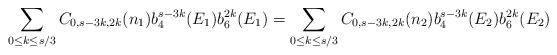
LaTeX: \begin{align*}\sum_{0\leq k\leq s/3}C_{0,s-3k,2k}(n_{1})b_{4}^{s-3k}(E_{1})b_{6}^{2k}(E_{1})=\sum_{0\leq k\leq s/3}C_{0,s-3k,2k}(n_{2})b_{4}^{s-3k}(E_{2})b_{6}^{2k}(E_{2})\end{align*}